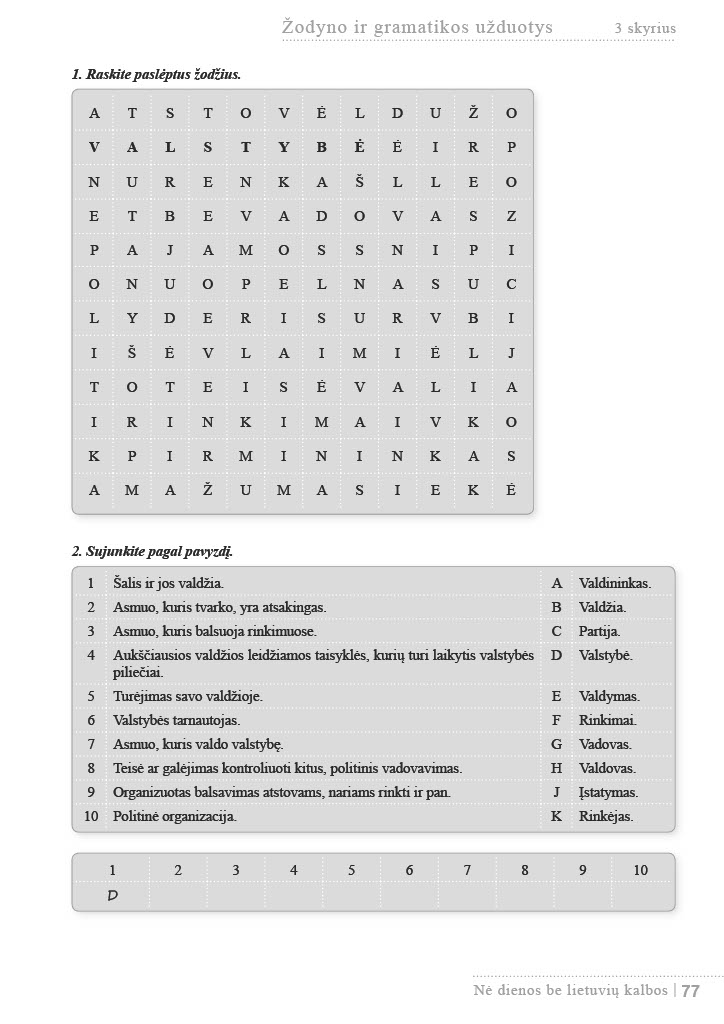
Language: lt